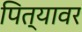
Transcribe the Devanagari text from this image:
पित्यावर